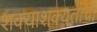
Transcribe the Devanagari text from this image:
शक्याशक्यतांची